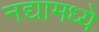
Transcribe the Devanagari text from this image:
नद्यामध्ये